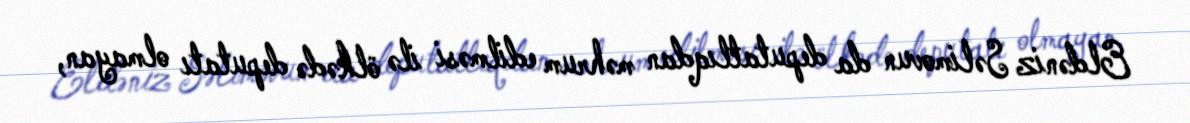
Eldəniz Səlimovun da deputatlıqdan məhrum edilməsi ilə ölkədə deputatı olmayan,